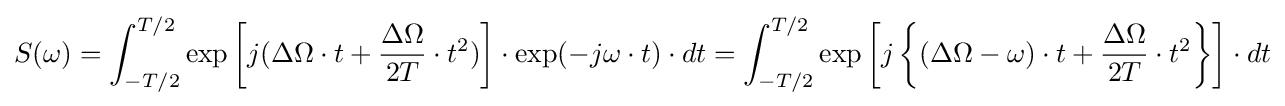
S(\omega )=\int _{-T/2}^{T/2}\exp \left[j(\Delta \Omega \cdot t+{\frac {\Delta \Omega }{2T}}\cdot t^{2})\right]\cdot \exp(-j\omega \cdot t)\cdot dt=\int _{-T/2}^{T/2}\exp \left[j\left\{(\Delta \Omega -\omega )\cdot t+{\frac {\Delta \Omega }{2T}}\cdot t^{2}\right\}\right]\cdot dt